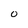
Character: O